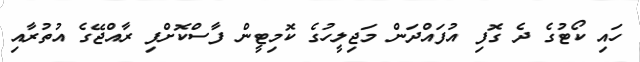
ހައި ކޯޓުގެ ދެ ގޮފި އުފައްދަން މަޖިލީހުގެ ކޮމިޓީން ފާސްކޮށްފި ރާއްޖޭގެ އުތުރާއި